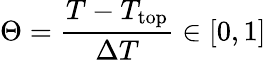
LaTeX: \Theta=\frac{T-T_{\mathrm{top}}}{\Delta T}\in[0,1]